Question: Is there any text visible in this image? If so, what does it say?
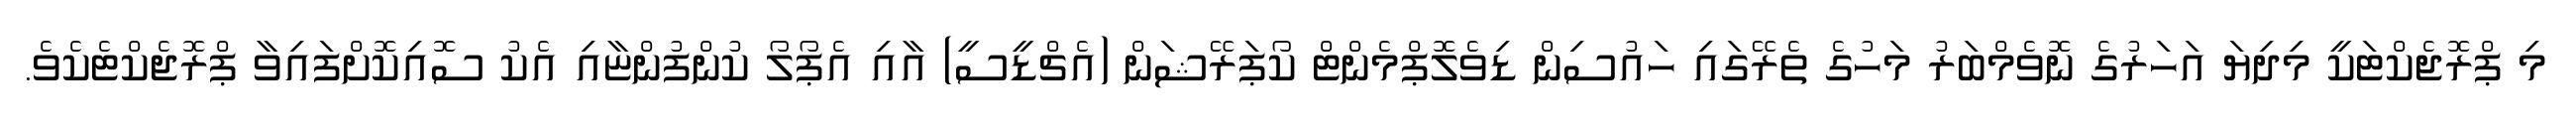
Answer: މި ޕްރޮޖެކްޓަކީ މިދިޔަ އަހަރުގެ ނޮވެމްބަރު މަހުގެ ތެރޭގައި ހައުސިން ޑިވެލޮޕްމެންޓް ކޯޕަރޭޝަން (އެޗްޑީސީ) އާއި އެޕޯލޯ ކުންފުންޏާއި އެކު ސޮއިކޮށްފައިވާ ޕްރޮޖެކްޓެކެވެ.